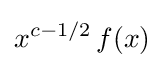
x^{c-1/2}\,f(x)